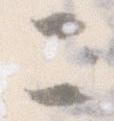
ニ